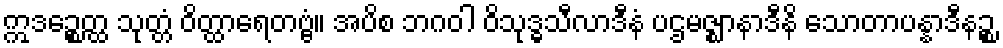
ဣဒဉ္စေတ္ထ သုတ္တံ ဝိတ္ထာရေတဗ္ဗံ။ အပိစ ဘဂဝါ ဝိသုဒ္ဓသီလာဒီနံ ပဌမဇ္ဈာနာဒီနိ သောတာပန္နာဒီနဉ္စ